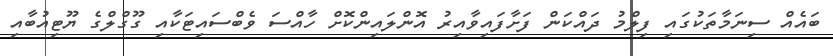
ބައެއް ސިނަމާތަކުގައި ފިލްމު ދައްކަން ފަށާފައިވާއިރު އޮންލައިންކޮށް ހާއްސަ ވެބްސައިޓަކާއި ގޫގްލްގެ ޔޫޓިއުބާއި